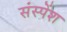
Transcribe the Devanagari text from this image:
संस्‍पेंश